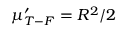
\mu _ { T - F } ^ { \prime } = R ^ { 2 } / 2